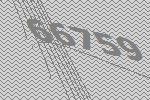
66759